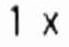
1 X